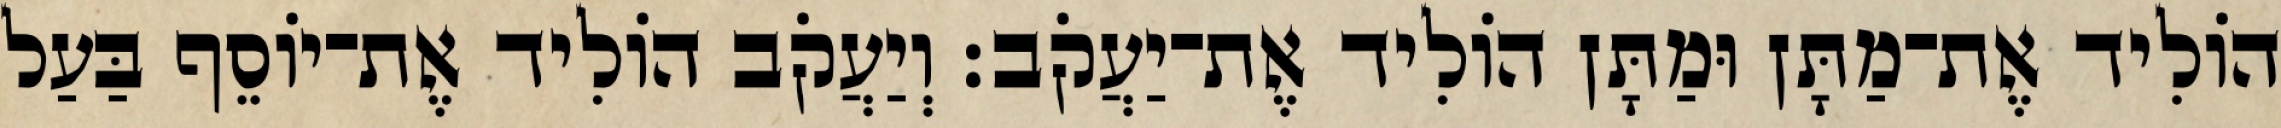
הוֹלִיד אֶת־מַתָּן וּמַתָּן הוֹלִיד אֶת־יַעֲקֹב׃ וְיַעֲקֹב הוֹלִיד אֶת־יוֹסֵף בַּעַל